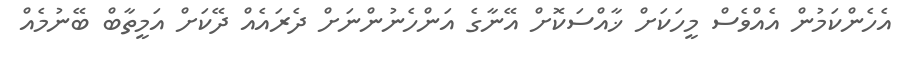
އެހެންކަމުން އެއްވެސް މީހަކަށް ޚާއްސަކޮށް އޭނާގެ އަންހެނުންނަށް ދެރައެއް ދޭކަށް އަމީތާބް ބޭނުމެއް